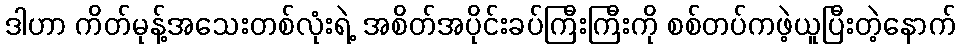
ဒါဟာ ကိတ်မုန့်အသေးတစ်လုံးရဲ့ အစိတ်အပိုင်းခပ်ကြီးကြီးကို စစ်တပ်ကဖဲ့ယူပြီးတဲ့နောက်